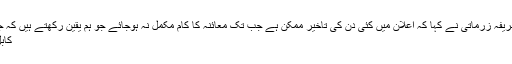
شریفہ زرماتی نے کہا کہ اعلان میں کئی دن کی تاخیر ممکن ہے جب تک معائنہ کا کام مکمل نہ ہوجائے جو ہم یقین رکھتے ہیں کہ جم
کابل۔